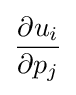
{\frac {\partial u_{i}}{\partial p_{j}}}